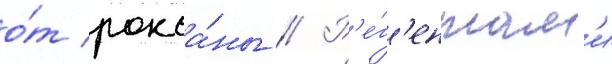
о́т рокса́ны // Р'е́г'ентам'и